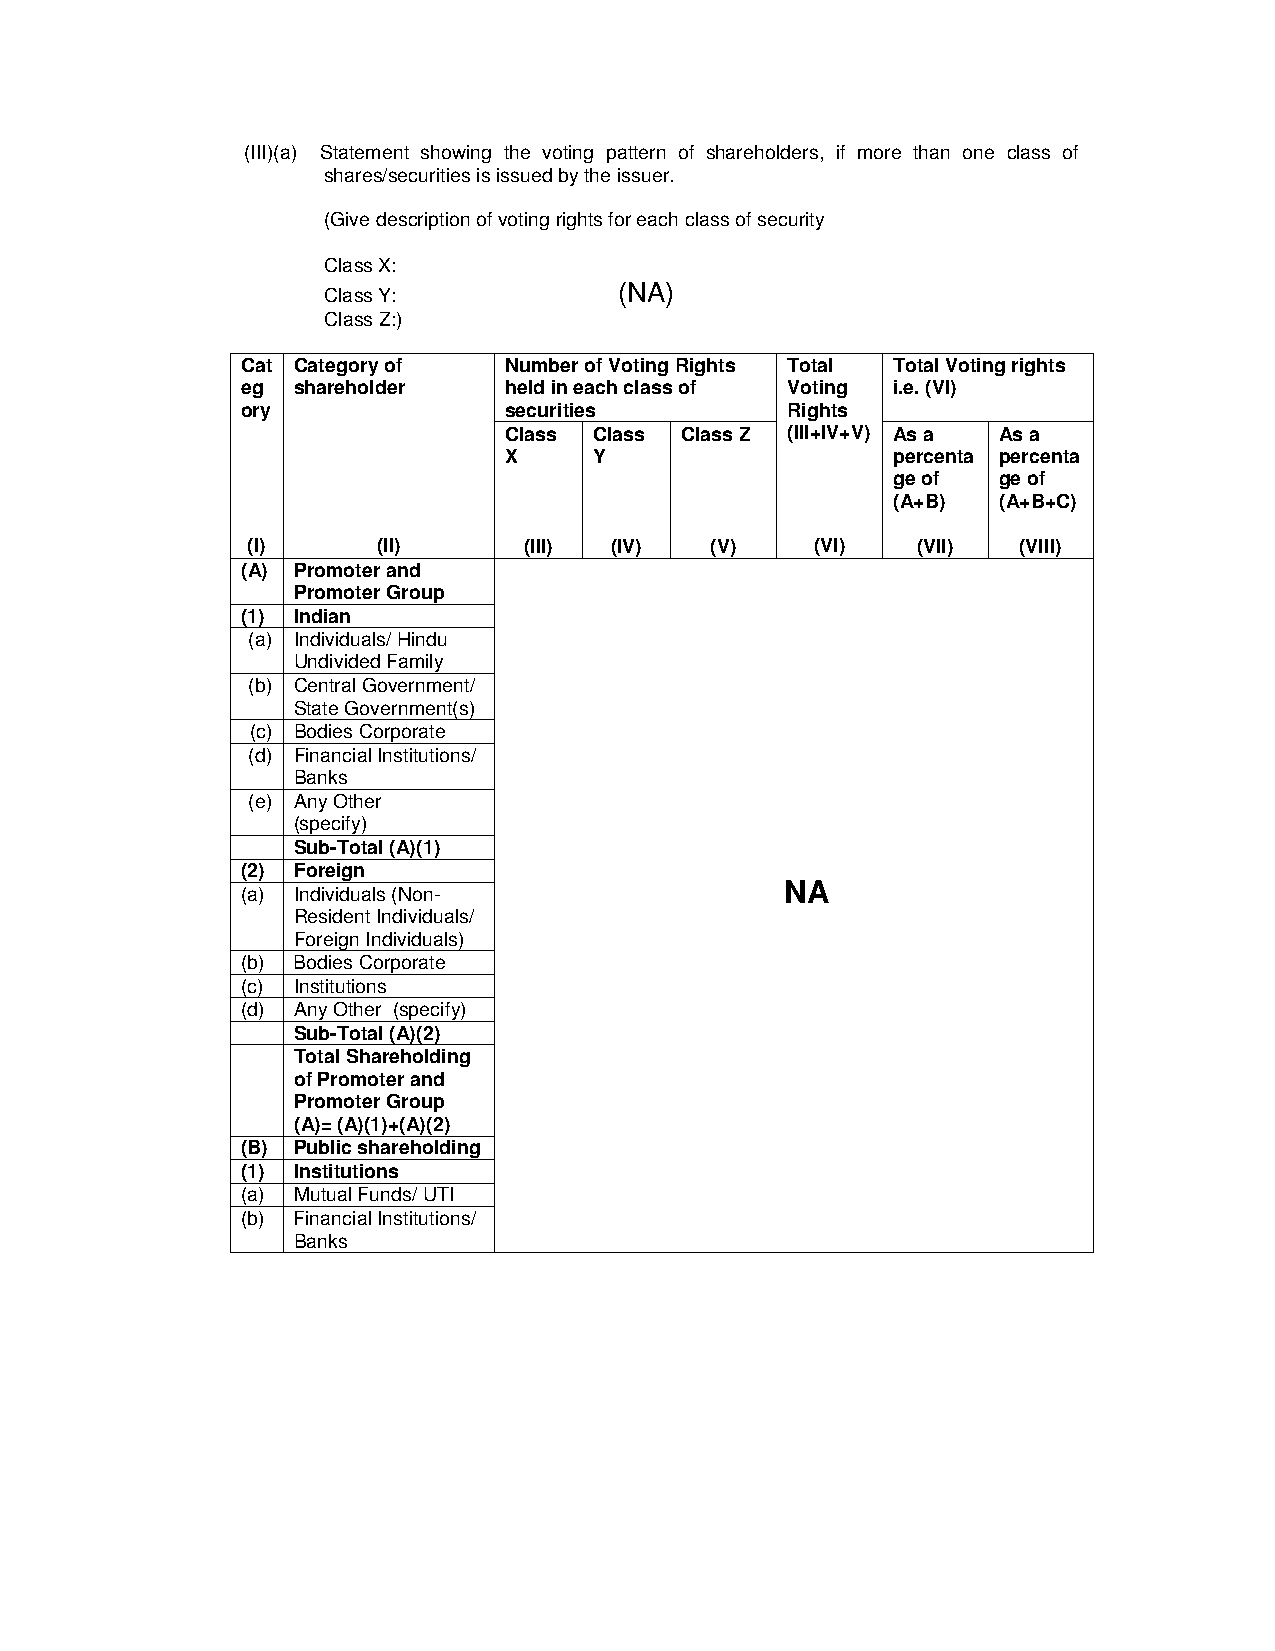
(III)(a) Statement showing the voting pattern of shareholders, if more than one class of
 shares/securities is issued by the issuer.
 (Give description of voting rights for each class of security
 Class X:
 Class Y:            (NA)
 Class Z:)
 Cat Category of  Number of Voting Rights Total Total Voting rights
 eg shareholder   held in each class of Voting i.e. (VI)
 ory              securities         Rights
 Class Class Class Z (III+IV+V) As a As a
 X     Y                   percenta percenta
 ge of  ge of
 (A+B)  (A+B+C)
 (I)      (II)      (III) (IV)  (V)    (VI)   (VII) (VIII)
 (A) Promoter and
 Promoter Group
 (1) Indian
 (a) Individuals/ Hindu
 Undivided Family
 (b) Central Government/
 State Government(s)
 (c) Bodies Corporate
 (d) Financial Institutions/
 Banks
 (e) Any Other
 (specify)
 Sub-Total (A)(1)
 (2) Foreign
 NA
 (a) Individuals (Non-
 Resident Individuals/
 Foreign Individuals)
 (b) Bodies Corporate
 (c) Institutions
 (d) Any Other (specify)
 Sub-Total (A)(2)
 Total Shareholding
 of Promoter and
 Promoter Group
 (A)= (A)(1)+(A)(2)
 (B) Public shareholding
 (1) Institutions
 (a) Mutual Funds/ UTI
 (b) Financial Institutions/
 Banks